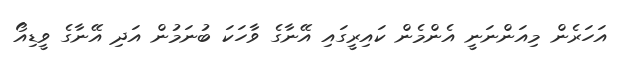
އަހަރެން މިއަންނަނީ އެންމެން ކައިރީގައި އޭނާގެ ވާހަކަ ބުނަމުން އަދި އޭނާގެ ވީޑިއޯ